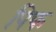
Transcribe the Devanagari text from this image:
पिफ